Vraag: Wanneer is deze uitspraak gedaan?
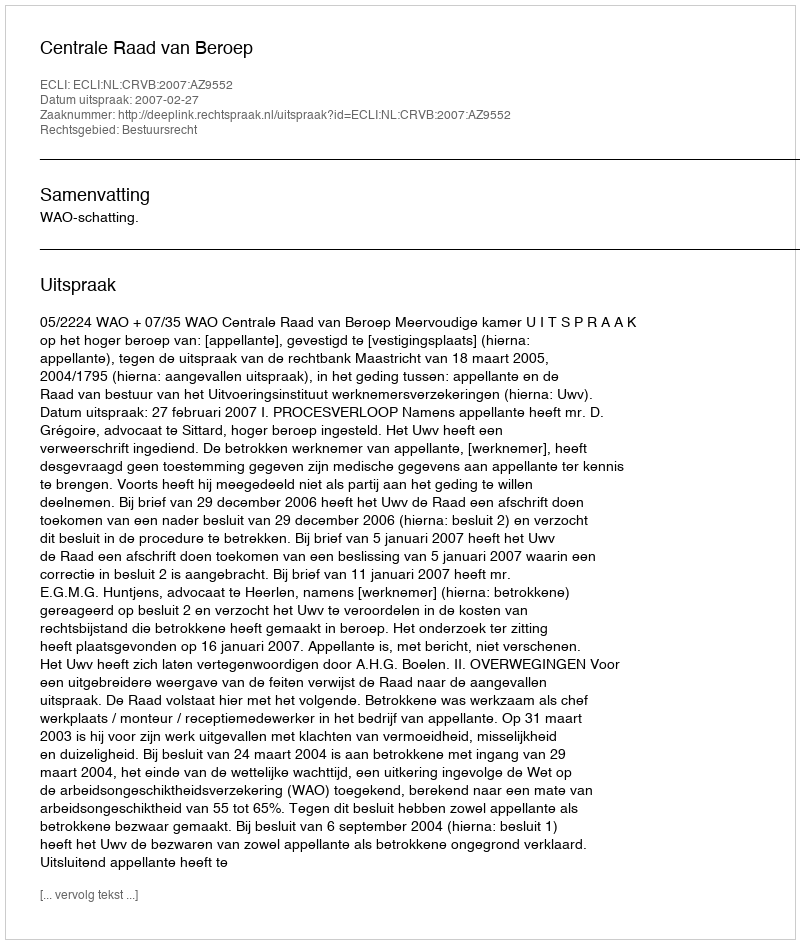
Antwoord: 2007-02-27